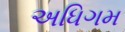
અધિગમ